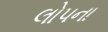
લોપના